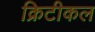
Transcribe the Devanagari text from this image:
क्रिटीकल